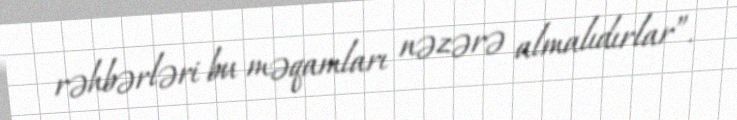
rəhbərləri bu məqamları nəzərə almalıdırlar”.